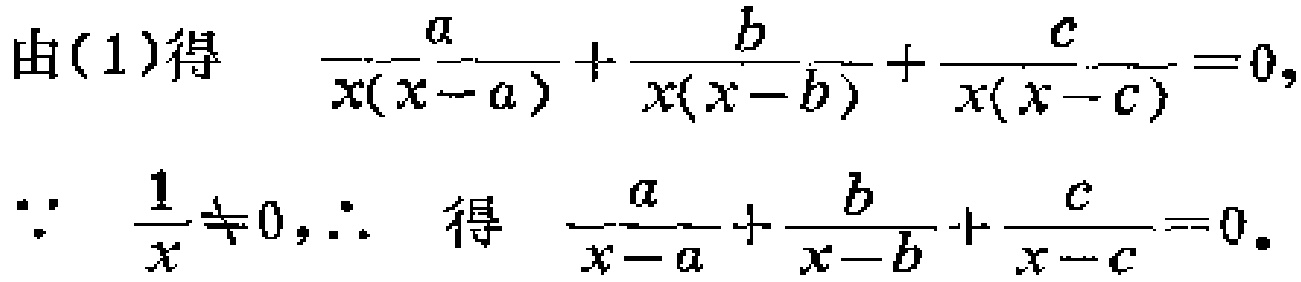
由(1)得

\[

\frac{a}{x(x - a)}+\frac{b}{x(x - b)}+\frac{c}{x(x - c)} = 0,

\]

\[

\because\quad \frac{1}{x}\neq0,\therefore\quad 得\quad \frac{a}{x - a}+\frac{b}{x - b}+\frac{c}{x - c}=0.

\]